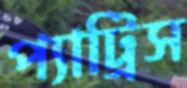
প্যাট্রিস